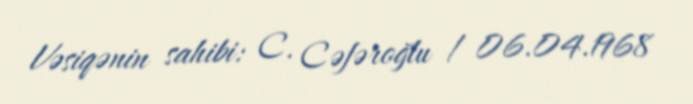
Vəsiqənin sahibi: C. Cəfəroğlu / 06.04.1968